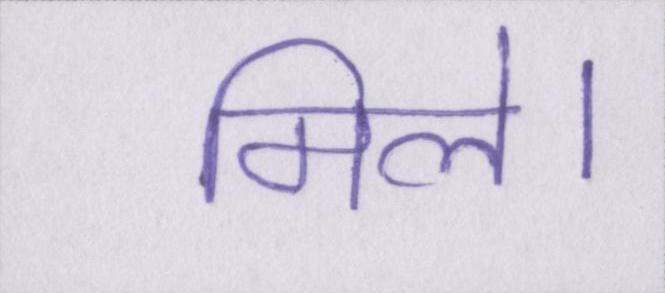
मिले।